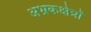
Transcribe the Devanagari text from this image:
अभ्रकक्षेत्रों